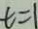
t = 1